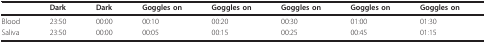
<table><thead><tr><td></td><td><b>Dark</b></td><td><b>Dark</b></td><td><b>Goggles on</b></td><td><b>Goggles on</b></td><td><b>Goggles on</b></td><td><b>Goggles on</b></td><td><b>Goggles on</b></td></tr></thead><tbody><tr><td>Blood</td><td>23:50</td><td>00:00</td><td>00:10</td><td>00:20</td><td>00:30</td><td>01:00</td><td>01:30</td></tr><tr><td>Saliva</td><td>23:50</td><td>00:00</td><td>00:05</td><td>00:15</td><td>00:25</td><td>00:45</td><td>01:15</td></tr></tbody></table>